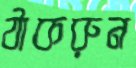
ঠাকরুন